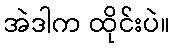
အဲဒါက ထိုင်းပဲ။